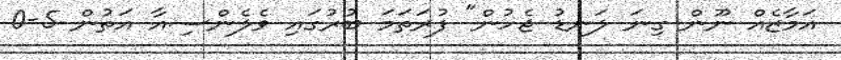
އަމާޒެއް ނޫން ގިނަ ލަނޑު ޖެހުން" ފުރަތަމަ ބުރުގައި ވެލެންސިއާ އަތުން 5-0